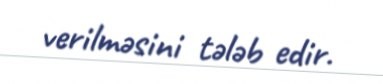
verilməsini tələb edir.